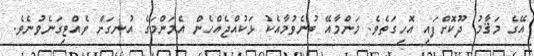
އޭގެ މަޤާމު ދޫކޮށްފައި އޮހިގަތެވެ. މަންމާއޭ ބުނެވުމާއެކު ޅަކުއްޖެއްހެން އެމަންމަގެ އުނގަށް ވެއްޓިގަނެވުނެވެ.